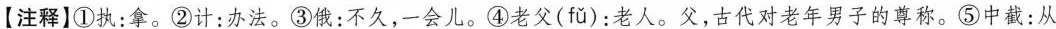
【注释】①执：拿。②计：办法。③俄：不久，-会儿。④老父( fǔ )：老人。父，古代对老年男子的尊称。⑤中截：从